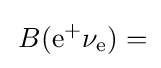
\,B(\mathrm {e} ^{+}\mathrm {\nu } _{\mathrm {e} })=